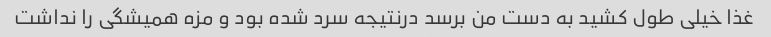
غذا خیلی طول کشید به دست من برسد درنتیجه سرد شده بود و مزه همیشگی را نداشت